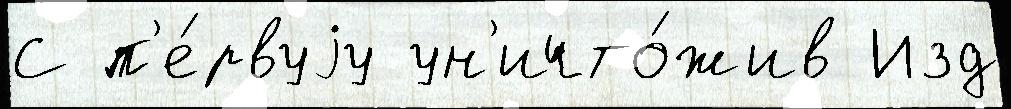
С п'е́рвуjу ун'ичто́жив Изд